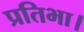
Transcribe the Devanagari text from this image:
प्रतिभा।